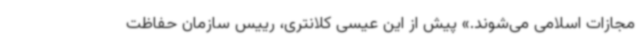
مجازات اسلامی می‌شوند.» پیش از این عیسی کلانتری، رییس سازمان حفاظت